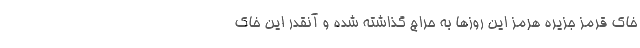
خاک قرمز جزیره هرمز این روز‌ها به حراج گذاشته شده و آنقدر این خاک